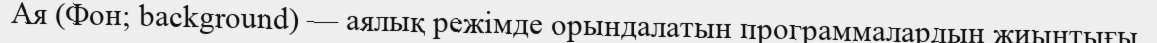
Ая (Фон; background) — аялық режімде орындалатын программалардың жиынтығы.